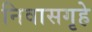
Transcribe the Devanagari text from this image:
निवासगृहे